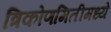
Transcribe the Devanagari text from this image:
त्रिकोणमितीमध्ये